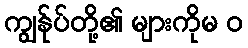
ကျွန်ုပ်တို့၏ များကိုမ ၀